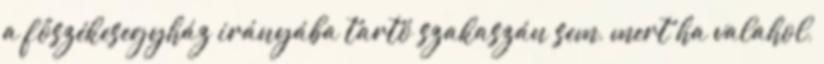
a főszékesegyház irányába tartó szakaszán sem, mert ha valahol,